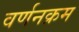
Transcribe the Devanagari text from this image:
वर्णनक्रम